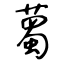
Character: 薥